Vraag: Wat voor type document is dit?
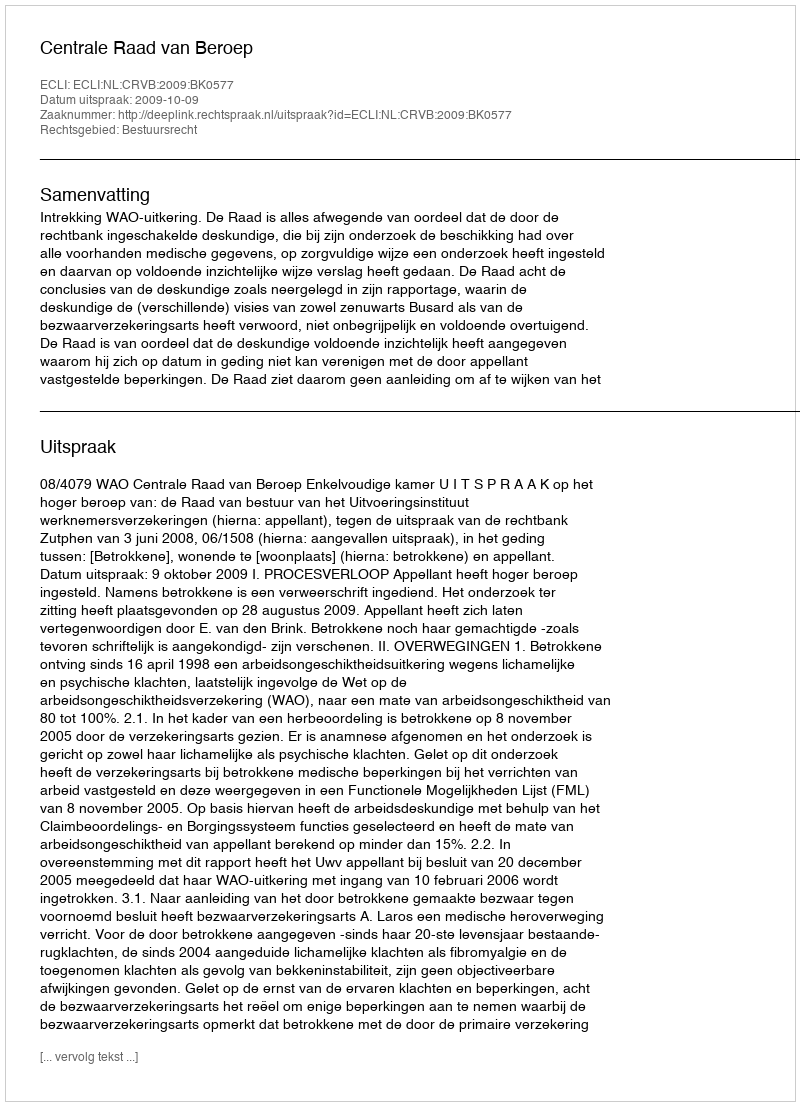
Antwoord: Uitspraak